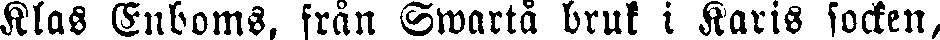
Klas Enboms, från bruk i Karis socken,